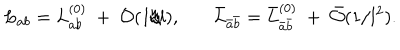
LaTeX: L _ { a b } = L _ { a b } ^ { ( 0 ) } ~ + ~ { \cal O } ( 1 / l ) , ~ \bar { L } _ { \bar { a } \bar { b } } = \bar { L } _ { \bar { a } \bar { b } } ^ { ( 0 ) } ~ + ~ \bar { \cal O } ( 1 / l ^ { 2 } ) .